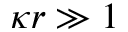
\kappa r \gg 1